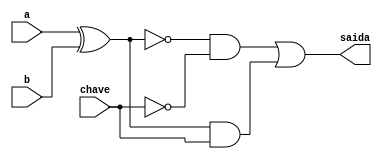
// ---------------
// Exemplo0036 - F4 - LU 06
// Nome: Josemar Alves Caetano
// Matrcula: 448662
// Data: 23/08/2012
// ----------------

// ----------------
// LU 06
// ----------------
module lu06(output saida, input a, input b, input chave);

//Declarao dos fios do circuito
wire s0, s1, c0, c1, d0, d1;

//Definio das operaes da LU
xnor xnor1(s0, a, b);
xor xor1(s1, a, b);

//Definio da LU
not not1(c0, chave);
buf buf1(c1, chave);
and and1(d0, s0, c0); //Representa a operao XNOR
and and2(d1, s1, c1); //Representa a operao NOR
or or1(saida, d0, d1);

endmodule// lu06

// ----------------
// f4
// ----------------
module f4(output [1:0]s, input [1:0]a, input [1:0]b, input chave);

//Instncia a LU
lu06 l1(s[0], a[0], b[0], chave);
lu06 l2(s[1], a[1], b[1], chave);

endmodule

// ----------------
// test f4
// ----------------
module test_f4;

// ---------------- Definio de variveis
reg [1:0]x;
reg [1:0]y;
wire [1:0]z;
reg chave;
     
// ---------------- Instncia
f4 modulo(z, x, y, chave);

// ---------------- Preparao
 initial begin: start
   x = 2'b00; y = 2'b01;
   chave = 1'b0;
 end

// ----------------- Parte principal
 initial begin: main
    $display("Exemplo0036 - Josemar Alves Caetano - 448662");
    $display("Test LU's module");

   // Projetar testes do modulo

  #1 $display("\nTeste da igualdade:\n");
     $display("%b = %b? Resp.: %b", x, y, z);
     x = 2'b01; y = 2'b10;

  #1 $display("%b = %b? Resp.: %b", x, y, z);
     x = 2'b10; y = 2'b11;

  #1 $display("%b = %b? Resp.: %b", x, y, z);
     x = 2'b11; y = 2'b00;

  #1 $display("%b = %b? Resp.: %b", x, y, z);
     x = 2'b00; y = 2'b01;
     chave = 1'b1;

  #1 $display("\nTeste da diferena:\n");
     $display("%b != %b? Resp.: %b", x, y, z);
     x = 2'b01; y = 2'b10;
     
  #1 $display("%b != %b? Resp.: %b", x, y, z);
     x = 2'b10; y = 2'b11;

  #1 $display("%b != %b? Resp.: %b", x, y, z);
     x = 2'b11; y = 2'b00;
  
  #1 $display("%b != %b? Resp.: %b", x, y, z);

 end

endmodule //test_f4